65_HS1-834228961_62-HQ-83894_Section_3
Agency: FBI
Page 85
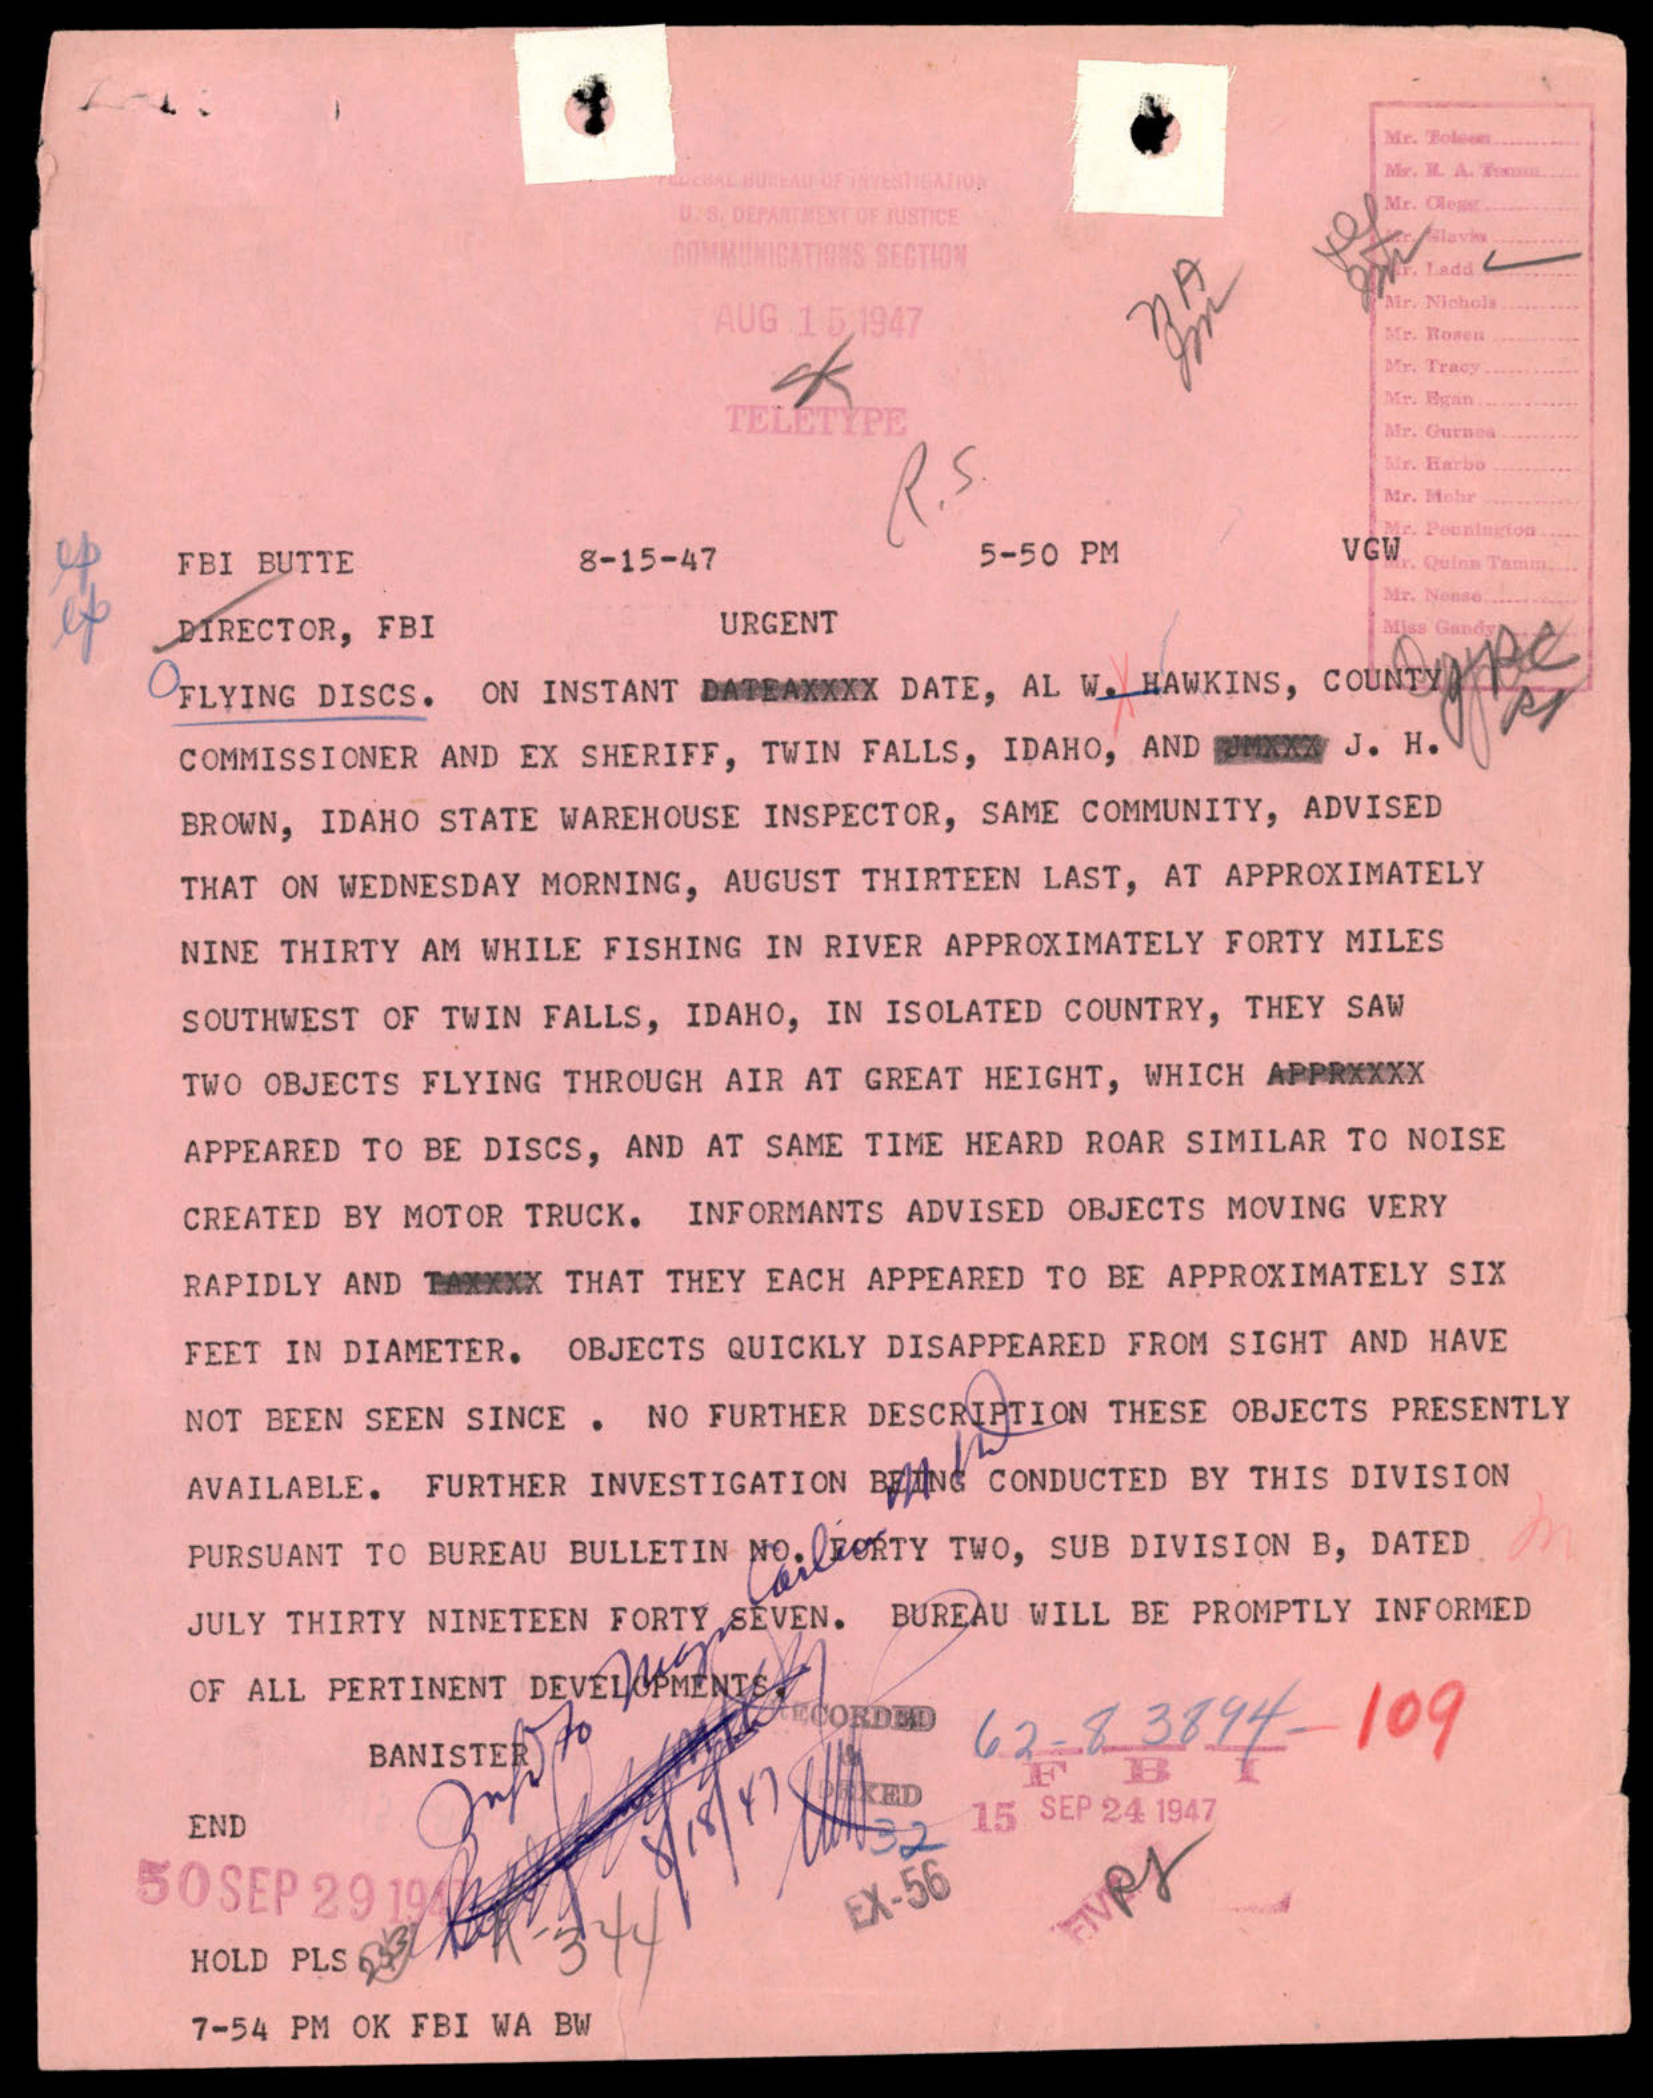